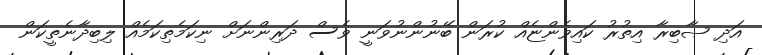
އަދި ޞާބިރާ އިތުރު ކައިވެންޏެއް ކުރަން ބޭނުންނުވަނީ ވެސް ދަރިންނަށް ނިކަމެތިކަމެއް ލިބިދާނެތީކަން